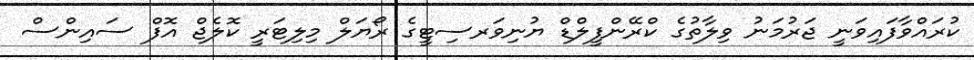
ކުރައްވާފައިވަނީ ޖަރުމަނު ވިލާތުގެ ކްރޭންފީލްޑް ޔުނިވަރސިޓީގެ ރޯޔަލް މިލިޓަރީ ކޮލެޖް އޮފް ސައިންސް